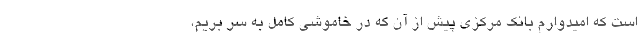
است که امیدوارم بانک مرکزی پیش از آن که در خاموشی کامل به سر بریم،